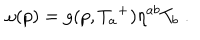
\omega ( p ) = g ( p , { T _ { a } } ^ { + } ) \eta ^ { a b } T _ { b } \; .